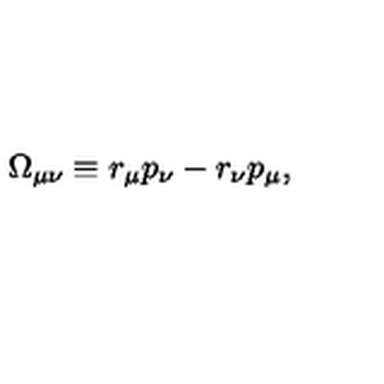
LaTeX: \Omega _ { \mu \nu } \equiv r _ { \mu } p _ { \nu } - r _ { \nu } p _ { \mu } ,